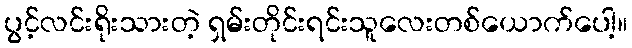
ပွင့်လင်းရိုးသားတဲ့ ရှမ်းတိုင်းရင်းသူလေးတစ်ယောက်ပေါ့။